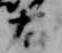
右